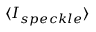
\langle I _ { s p e c k l e } \rangle